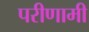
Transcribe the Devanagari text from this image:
परीणामी